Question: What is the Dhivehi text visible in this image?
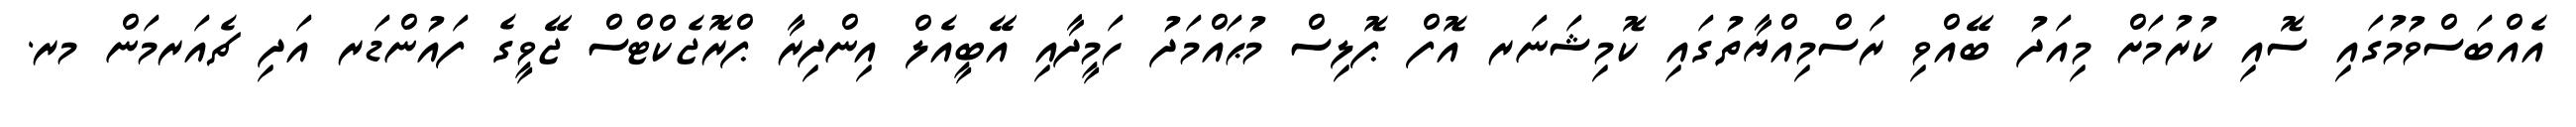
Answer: އެއްބަސްވުމުގައި ސޮއި ކުރުމަށް މިއަދު ބޭއްވި ރަސްމިއްޔާތުގައި ކޮމިޝަނަރ އޮފް ޕޮލިސް މުޙައްމަދު ހަމީދާއި އޭބީއެލް އިންދިރާ ޕްރޮޖެކްޓްސް ޖޭވީގެ ފައުންޑަރ އަދި ޗެއަރމަން މރ.